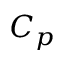
C _ { p }